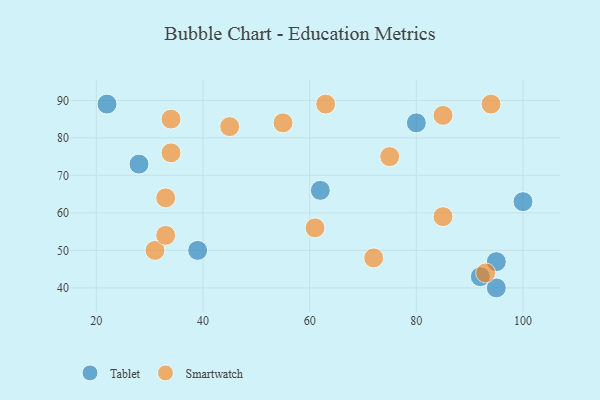
{"axis": {"x": "GDP", "y": "Life Expectancy"}, "legend": ["Smartwatch", "Tablet"], "data": [{"x": "39", "y": 50, "type": "Tablet"}, {"x": "92", "y": 43, "type": "Tablet"}, {"x": "28", "y": 73, "type": "Tablet"}, {"x": "62", "y": 66, "type": "Tablet"}, {"x": "95", "y": 47, "type": "Tablet"}, {"x": "22", "y": 89, "type": "Tablet"}, {"x": "100", "y": 63, "type": "Tablet"}, {"x": "80", "y": 84, "type": "Tablet"}, {"x": "95", "y": 40, "type": "Tablet"}, {"x": "61", "y": 56, "type": "Smartwatch"}, {"x": "33", "y": 64, "type": "Smartwatch"}, {"x": "34", "y": 85, "type": "Smartwatch"}, {"x": "31", "y": 50, "type": "Smartwatch"}, {"x": "63", "y": 89, "type": "Smartwatch"}, {"x": "72", "y": 48, "type": "Smartwatch"}, {"x": "33", "y": 54, "type": "Smartwatch"}, {"x": "45", "y": 83, "type": "Smartwatch"}, {"x": "85", "y": 86, "type": "Smartwatch"}, {"x": "85", "y": 59, "type": "Smartwatch"}, {"x": "94", "y": 89, "type": "Smartwatch"}, {"x": "93", "y": 44, "type": "Smartwatch"}, {"x": "34", "y": 76, "type": "Smartwatch"}, {"x": "75", "y": 75, "type": "Smartwatch"}, {"x": "55", "y": 84, "type": "Smartwatch"}]}